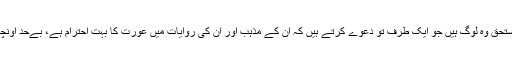
اس تماشے میں اصل داد کے مستحق وہ لوگ ہیں جو ایک طرف تو دعوے کرتے ہیں کہ ان کے مذہب اور ان کی روایات میں عورت کا بہت احترام ہے، بےحد اونچا مقام ہے لیکن کن عورتوں کا؟